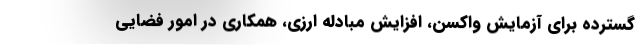
گسترده برای آزمایش واکسن، افزایش مبادله ارزی، همکاری در امور فضایی